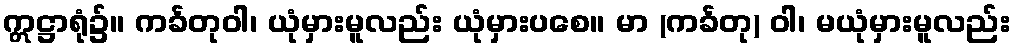
ဣဋ္ဌာရုံ၌။ ကင်္ခတုဝါ၊ ယုံမှားမူလည်း ယုံမှားပစေ။ မာ (ကင်္ခတု) ဝါ၊ မယုံမှားမူလည်း